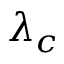
\lambda _ { c }